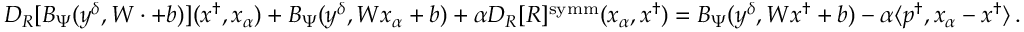
\begin{array} { r } { D _ { R } [ B _ { \Psi } ( y ^ { \delta } , W \cdot + b ) ] ( x ^ { \dagger } , x _ { \alpha } ) + B _ { \Psi } ( y ^ { \delta } , W x _ { \alpha } + b ) + \alpha D _ { R } [ R ] ^ { \mathrm { s y m m } } ( x _ { \alpha } , x ^ { \dagger } ) = B _ { \Psi } ( y ^ { \delta } , W x ^ { \dagger } + b ) - \alpha \langle p ^ { \dagger } , x _ { \alpha } - x ^ { \dagger } \rangle \, . } \end{array}